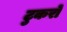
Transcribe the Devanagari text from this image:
टुकरों